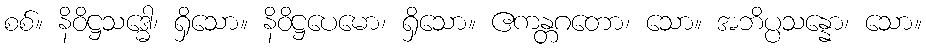
စစ်။ နိဝိဋ္ဌသဒ္ဓေါ၊ ရှိသော။ နိဝိဋ္ဌပေမော၊ ရှိသော။ ဧကန္တဂတော၊ သော။ အဘိပ္ပသန္နော၊ သော။